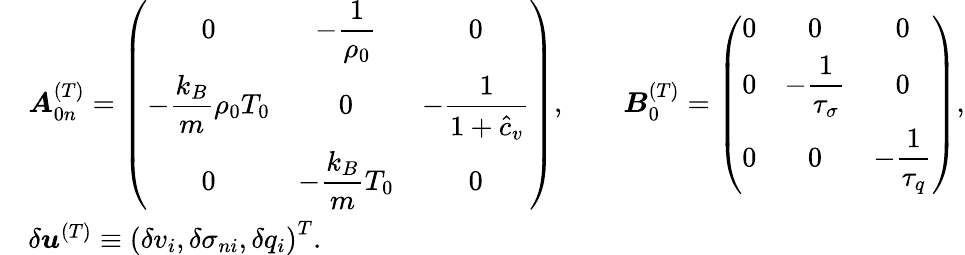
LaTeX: \begin{array}{rl}&{\boldsymbol{A}_{0n}^{(T)}=\left(\begin{array}{ccc}{0}&{\displaystyle-\frac{1}{\rho_{0}}}&{0}\\ {\displaystyle-\frac{k_{B}}{m}\rho_{0}T_{0}}&{0}&{\displaystyle-\frac{1}{1+\hat{c}_{v}}}\\ {0}&{\displaystyle-\frac{k_{B}}{m}T_{0}}&{0}\end{array}\right),\qquad\boldsymbol{B}_{0}^{(T)}=\left(\begin{array}{ccc}{0}&{0}&{0}\\ {0}&{\displaystyle{-\frac{1}{\tau_{\sigma}}}}&{0}\\ {0}&{0}&{\displaystyle{-\frac{1}{\tau_{q}}}}\end{array}\right),}\\ &{\delta\boldsymbol{u}^{(T)}\equiv\left(\delta v_{i},\delta\sigma_{ni},\delta q_{i}\right)^{T}.}\end{array}